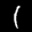
Label: 1